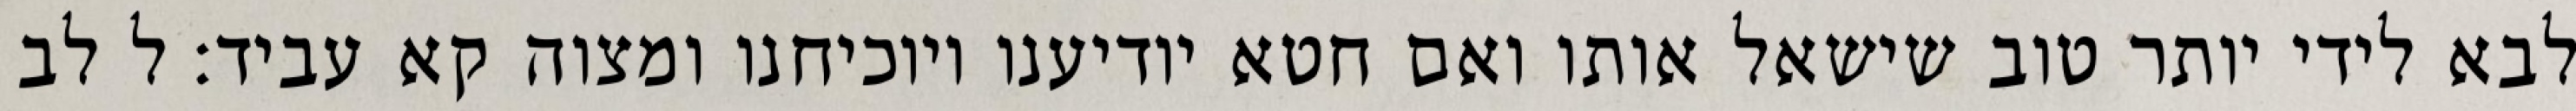
לבא לידי יותר טוב שישאל אותו ואם חטא יודיענו ויוכיחנו ומצוה קא עביד: ל לב